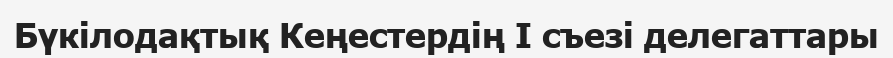
Бүкілодақтық Кеңестердің I съезі делегаттары